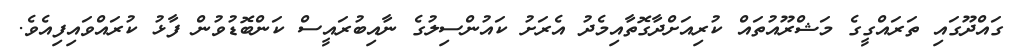
ގައްދޫގައި ތަރައްގީގެ މަޝްރޫއުތައް ކުރިއަށްދާގޮތާއިމެދު އެރަށު ކައުންސިލުގެ ނާއިބުރައީސް ކަންބޮޑުވުން ފާޅު ކުރައްވައިފިއެވެ.